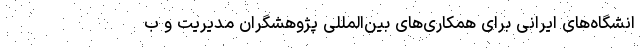
انشگاه‌های ایرانی برای همکاری‌های بین‌المللی پژوهشگران مدیریت و ب